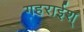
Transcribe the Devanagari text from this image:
गहराईश्